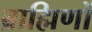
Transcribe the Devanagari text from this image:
ब्राह्मिणों